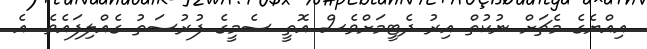
އިއްޔެގެ މެޗަށް ނުކުތް އިރު ދެޓީމަށްވެސް އޮތީ ސެމީގެ ފުރުސަތު ގެއްލިފައެވެ. އެ